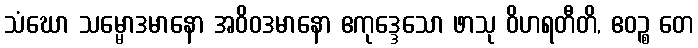
သံဃော သမ္မောဒမာနော အဝိဝဒမာနော ဧကုဒ္ဒေသော ဖာသု ဝိဟရတီတိ, ဧဝဉ္စ တေ